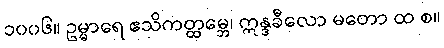
၁၀၀၆။ ဥမ္မာရေ ဧသိကတ္ထမ္ဘေ၊ ဣန္ဒခီလော မတော ထ စ။